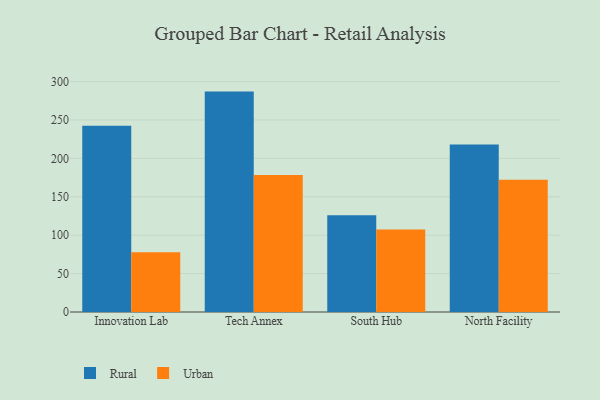
{"axis": {"x": "Campus", "y": "Headcount"}, "legend": ["Rural", "Urban"], "data": [{"x": "Innovation Lab", "y": 242.4, "type": "Rural"}, {"x": "Innovation Lab", "y": 77.8, "type": "Urban"}, {"x": "Tech Annex", "y": 286.9, "type": "Rural"}, {"x": "Tech Annex", "y": 178.2, "type": "Urban"}, {"x": "South Hub", "y": 125.8, "type": "Rural"}, {"x": "South Hub", "y": 107.5, "type": "Urban"}, {"x": "North Facility", "y": 218.0, "type": "Rural"}, {"x": "North Facility", "y": 172.3, "type": "Urban"}]}